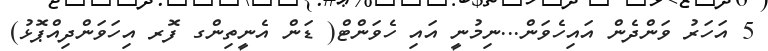
5 އަހަރު ވަންދެން އައިހެވަން...ނިމުނީ އައި ހެވަންޓް( ޑަން އެނީތިންގ ފޮރ އިހަވަންދިއްޕޮޅު)